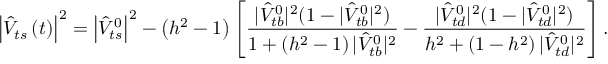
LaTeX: \left| \hat { V } _ { t s } \left( t \right) \right| ^ { 2 } = \left| \hat { V } _ { t s } ^ { 0 } \right| ^ { 2 } - \left( h ^ { 2 } - 1 \right) \left[ \frac { | \hat { V } _ { t b } ^ { 0 } | ^ { 2 } ( 1 - | \hat { V } _ { t b } ^ { 0 } | ^ { 2 } ) } { 1 + \left( h ^ { 2 } - 1 \right) | \hat { V } _ { t b } ^ { 0 } | ^ { 2 } } - \frac { | \hat { V } _ { t d } ^ { 0 } | ^ { 2 } ( 1 - | \hat { V } _ { t d } ^ { 0 } | ^ { 2 } ) } { h ^ { 2 } + \left( 1 - h ^ { 2 } \right) | \hat { V } _ { t d } ^ { 0 } | ^ { 2 } } \right] .